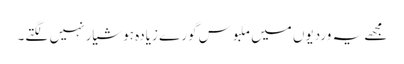
مجھے یہ وردیوں میں ملبوس گورے زیادہ ہوشیار نہیں لگتے۔